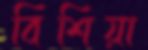
বিশিয়া